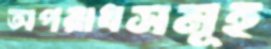
অপরাধসমূহ